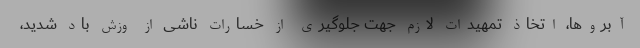
آبروها، اتخاذ تمهیدات لازم جهت جلوگیری از خسارات ناشی از وزش باد شدید،